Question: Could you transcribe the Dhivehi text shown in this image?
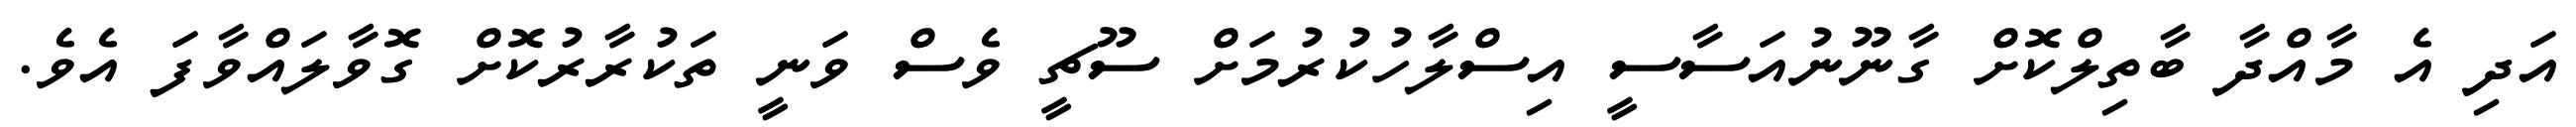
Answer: އަދި އެ މާއްދާ ބާތިލްކޮށް ގާނޫނުއަސާސީ އިސްލާހުކުރުމަށް ސޫޗީ ވެސް ވަނީ ތަކުރާރުކޮށް ގޮވާލައްވާފަ އެވެ.